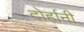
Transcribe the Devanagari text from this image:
दोर्हानी